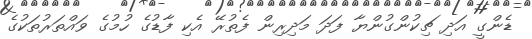
ޑެންގީ އަދި ޗިކުންގުންޔާ ފަދަ މަދިރިން ފެތުރޭ އެކި ފާޑުގެ ހުމުގެ ވައްތަރުތަކުގެ